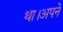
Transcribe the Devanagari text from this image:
था।अपने